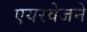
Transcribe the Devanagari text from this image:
एयरवेजने